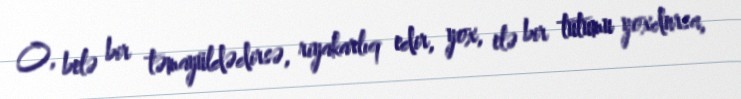
O, belə bir təmayüldədirsə, riyakarlıq edir, yox, elə bir tutumu yoxdursa,